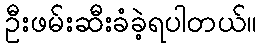
ဦးဖမ်းဆီးခံခဲ့ရပါတယ်။